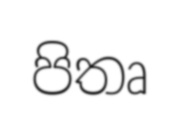
පිතෘ